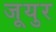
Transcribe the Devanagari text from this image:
जूयुर